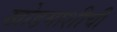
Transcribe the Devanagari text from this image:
खोडमाशीची